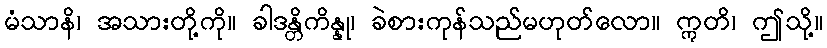
မံသာနိ၊ အသားတို့ကို။ ခါဒန္တိကိန္နု၊ ခဲစားကုန်သည်မဟုတ်လော။ ဣတိ၊ ဤသို့။